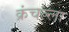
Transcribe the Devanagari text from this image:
क्रंचल्ला